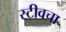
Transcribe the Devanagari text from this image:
स्टीवचा